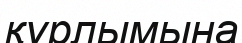
құрлымына